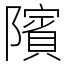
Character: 䧬